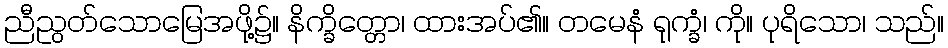
ညီညွတ်သောမြေအဖို့၌။ နိက္ခိတ္တော၊ ထားအပ်၏။ တမေနံ ရုက္ခံ၊ ကို။ ပုရိသော၊ သည်။